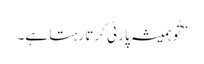
”تُو ہمیشہ پارٹی کرتا رہتا ہے۔